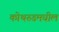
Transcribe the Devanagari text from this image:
कोथरुडमधील